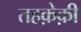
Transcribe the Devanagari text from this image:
तहक़ेक़ी